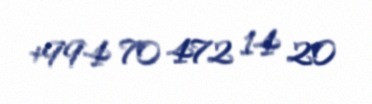
+994 70 472 14 20